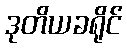
ဒုတိယခရိုင်